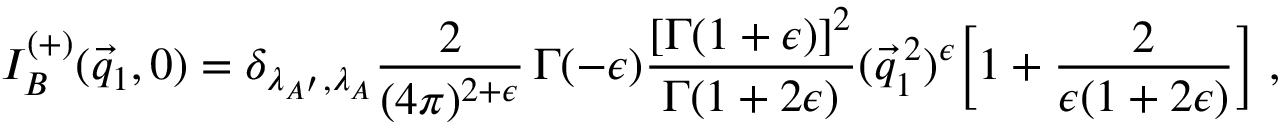
I _ { B } ^ { ( + ) } ( \vec { q } _ { 1 } , 0 ) = \delta _ { \lambda _ { A ^ { \prime } } , \lambda _ { A } } \frac { 2 } { ( 4 \pi ) ^ { 2 + \epsilon } } \, \Gamma ( - \epsilon ) \frac { [ \Gamma ( 1 + \epsilon ) ] ^ { 2 } } { \Gamma ( 1 + 2 \epsilon ) } ( \vec { q } _ { 1 } ^ { \: 2 } ) ^ { \epsilon } \biggl [ 1 + \frac { 2 } { \epsilon ( 1 + 2 \epsilon ) } \biggr ] \; ,